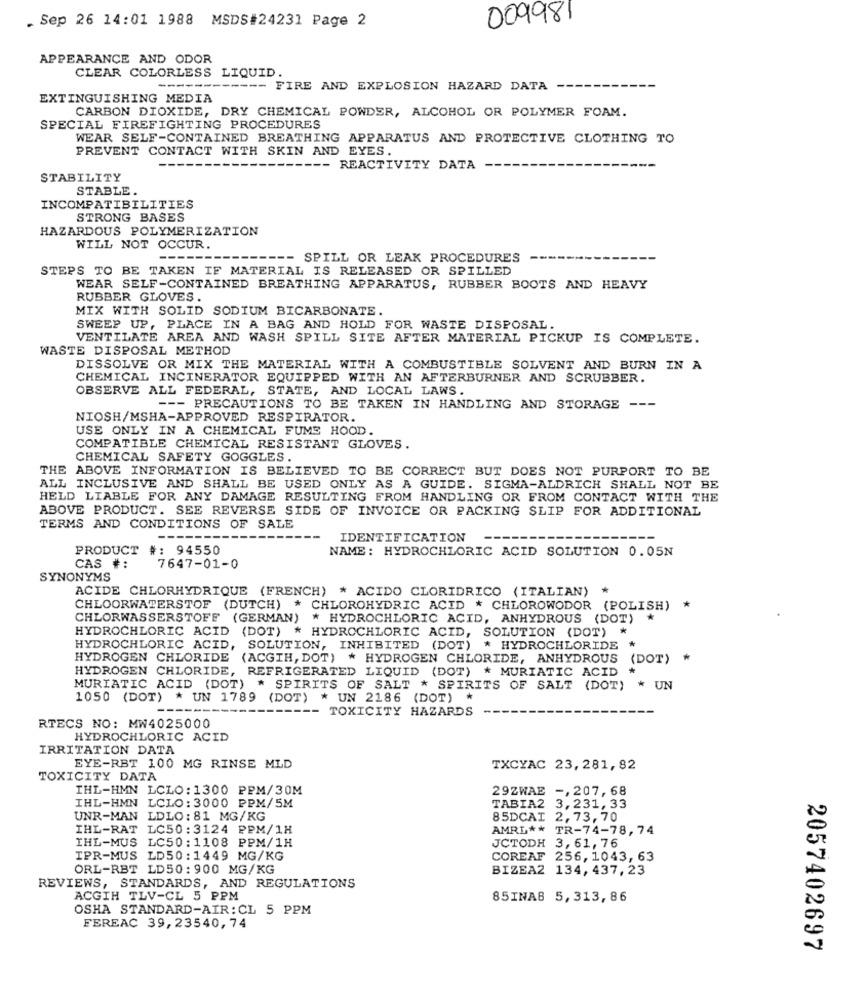
. Sep 26 14:01 1988 MSDS#24231 Page 2
009981
APPEARANCE AND ODOR
CLEAR COLORLESS LIQUID.
------------ FIRE AND EXPLOSION HAZARD DATA
EXTINGUISHING MEDIA
CARBON DIOXIDE, DRY CHEMICAL POWDER, ALCOHOL OR POLYMER FOAM.
SPECIAL FIREFIGHTING PROCEDURES
WEAR SELF-CONTAINED BREATHING APPARATUS AND PROTECTIVE CLOTHING TO
PREVENT CONTACT WITH SKIN AND EYES.
-- REACTIVITY DATA
STABILITY
STABLE .
INCOMPATIBILITIES
STRONG BASES
HAZARDOUS POLYMERIZATION
WILL NOT OCCUR.
-- SPILL OR LEAK PROCEDURES
STEPS TO BE TAKEN IF MATERIAL IS RELEASED OR SPILLED
WEAR SELF-CONTAINED BREATHING APPARATUS, RUBBER BOOTS AND HEAVY
RUBBER GLOVES.
MIX WITH SOLID SODIUM BICARBONATE.
SWEEP UP, PLACE IN A BAG AND HOLD FOR WASTE DISPOSAL.
VENTILATE AREA AND WASH SPILL SITE AFTER MATERIAL PICKUP IS COMPLETE.
WASTE DISPOSAL METHOD
DISSOLVE OR MIX THE MATERIAL WITH A COMBUSTIBLE SOLVENT AND BURN IN A
CHEMICAL INCINERATOR EQUIPPED WITH AN AFTERBURNER AND SCRUBBER.
OBSERVE ALL FEDERAL, STATE, AND LOCAL LAWS.
--- PRECAUTIONS TO BE TAKEN IN HANDLING AND STORAGE ---
NIOSH/MSHA-APPROVED RESPIRATOR.
USE ONLY IN A CHEMICAL FUME HOOD.
COMPATIBLE CHEMICAL RESISTANT GLOVES.
CHEMICAL SAFETY GOGGLES.
THE ABOVE INFORMATION IS BELIEVED TO BE CORRECT BUT DOES NOT PURPORT TO BE
ALL INCLUSIVE AND SHALL BE USED ONLY AS A GUIDE. SIGMA-ALDRICH SHALL NOT BE
HELD LIABLE FOR ANY DAMAGE RESULTING FROM HANDLING OR FROM CONTACT WITH THE
ABOVE PRODUCT. SEE REVERSE SIDE OF INVOICE OR PACKING SLIP FOR ADDITIONAL
TERMS AND CONDITIONS OF SALE
------
IDENTIFICATION
PRODUCT #: 94550
NAME: HYDROCHLORIC ACID SOLUTION 0.05N
CAS #:
7647-01-0
SYNONYMS
ACIDE CHLORHYDRIQUE (FRENCH) * ACIDO CLORIDRICO (ITALIAN) *
CHLOORWATERSTOF (DUTCH) * CHLOROHYDRIC ACID * CHLOROWODOR (POLISH)
CHLORWASSERSTOFF (GERMAN) * HYDROCHLORIC ACID, ANHYDROUS (DOT)
*
HYDROCHLORIC ACID
(DOT) * HYDROCHLORIC ACID, SOLUTION (DOT) *
*
HYDROCHLORIC ACID, SOLUTION, INHIBITED (DOT) * HYDROCHLORIDE
HYDROGEN CHLORIDE
(ACGIH, DOT) * HYDROGEN CHLORIDE, ANHYDROUS
(DOT) *
HYDROGEN CHLORIDE, REFRIGERATED LIQUID (DOT) * MURIATIC ACID
*
MURIATIC ACID (DOT)
* SPIRITS OF SALT * SPIRITS OF SALT (DOT) * UN
1050 (DOT) * UN 1789
(DOT) * UN 2186 (DOT) *
------
-- TOXICITY HAZARDS
RTECS NO: MW4025000
HYDROCHLORIC ACID
IRRITATION DATA
EYE-RBT 100 MG RINSE MLD
TXCYAC 23,281, 82
TOXICITY DATA
IHL-HMN LCLO: 1300 PPM/30M
29ZWAE
29ZWAE -, 207,68
TABIA2 3,231, 33
IHL-HMN LCLO: 3000 PPM/5M
UNR-MAN LDLO: 81 MG/KG
85DCAI 2,73,70
IHL-RAT LC50: 3124 PPM/1H
AMRI ** TR-74-78,74
IHL-MUS LC50: 1108 PPM/1H
JCTODH 3, 61, 76
IPR-MUS LD50:1449 MG/KG
COREAF 256, 1043, 63
ORL-RBT LD50: 900 MG/KG
BIZEA2 134, 437, 23
REVIEWS, STANDARDS, AND REGULATIONS
ACGIH TLV-CL 5 PPM
85INA8 5,313,86
OSHA STANDARD-AIR: CL 5 PPM
FEREAC 39,23540, 74
2057402697